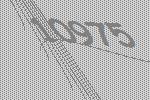
10975